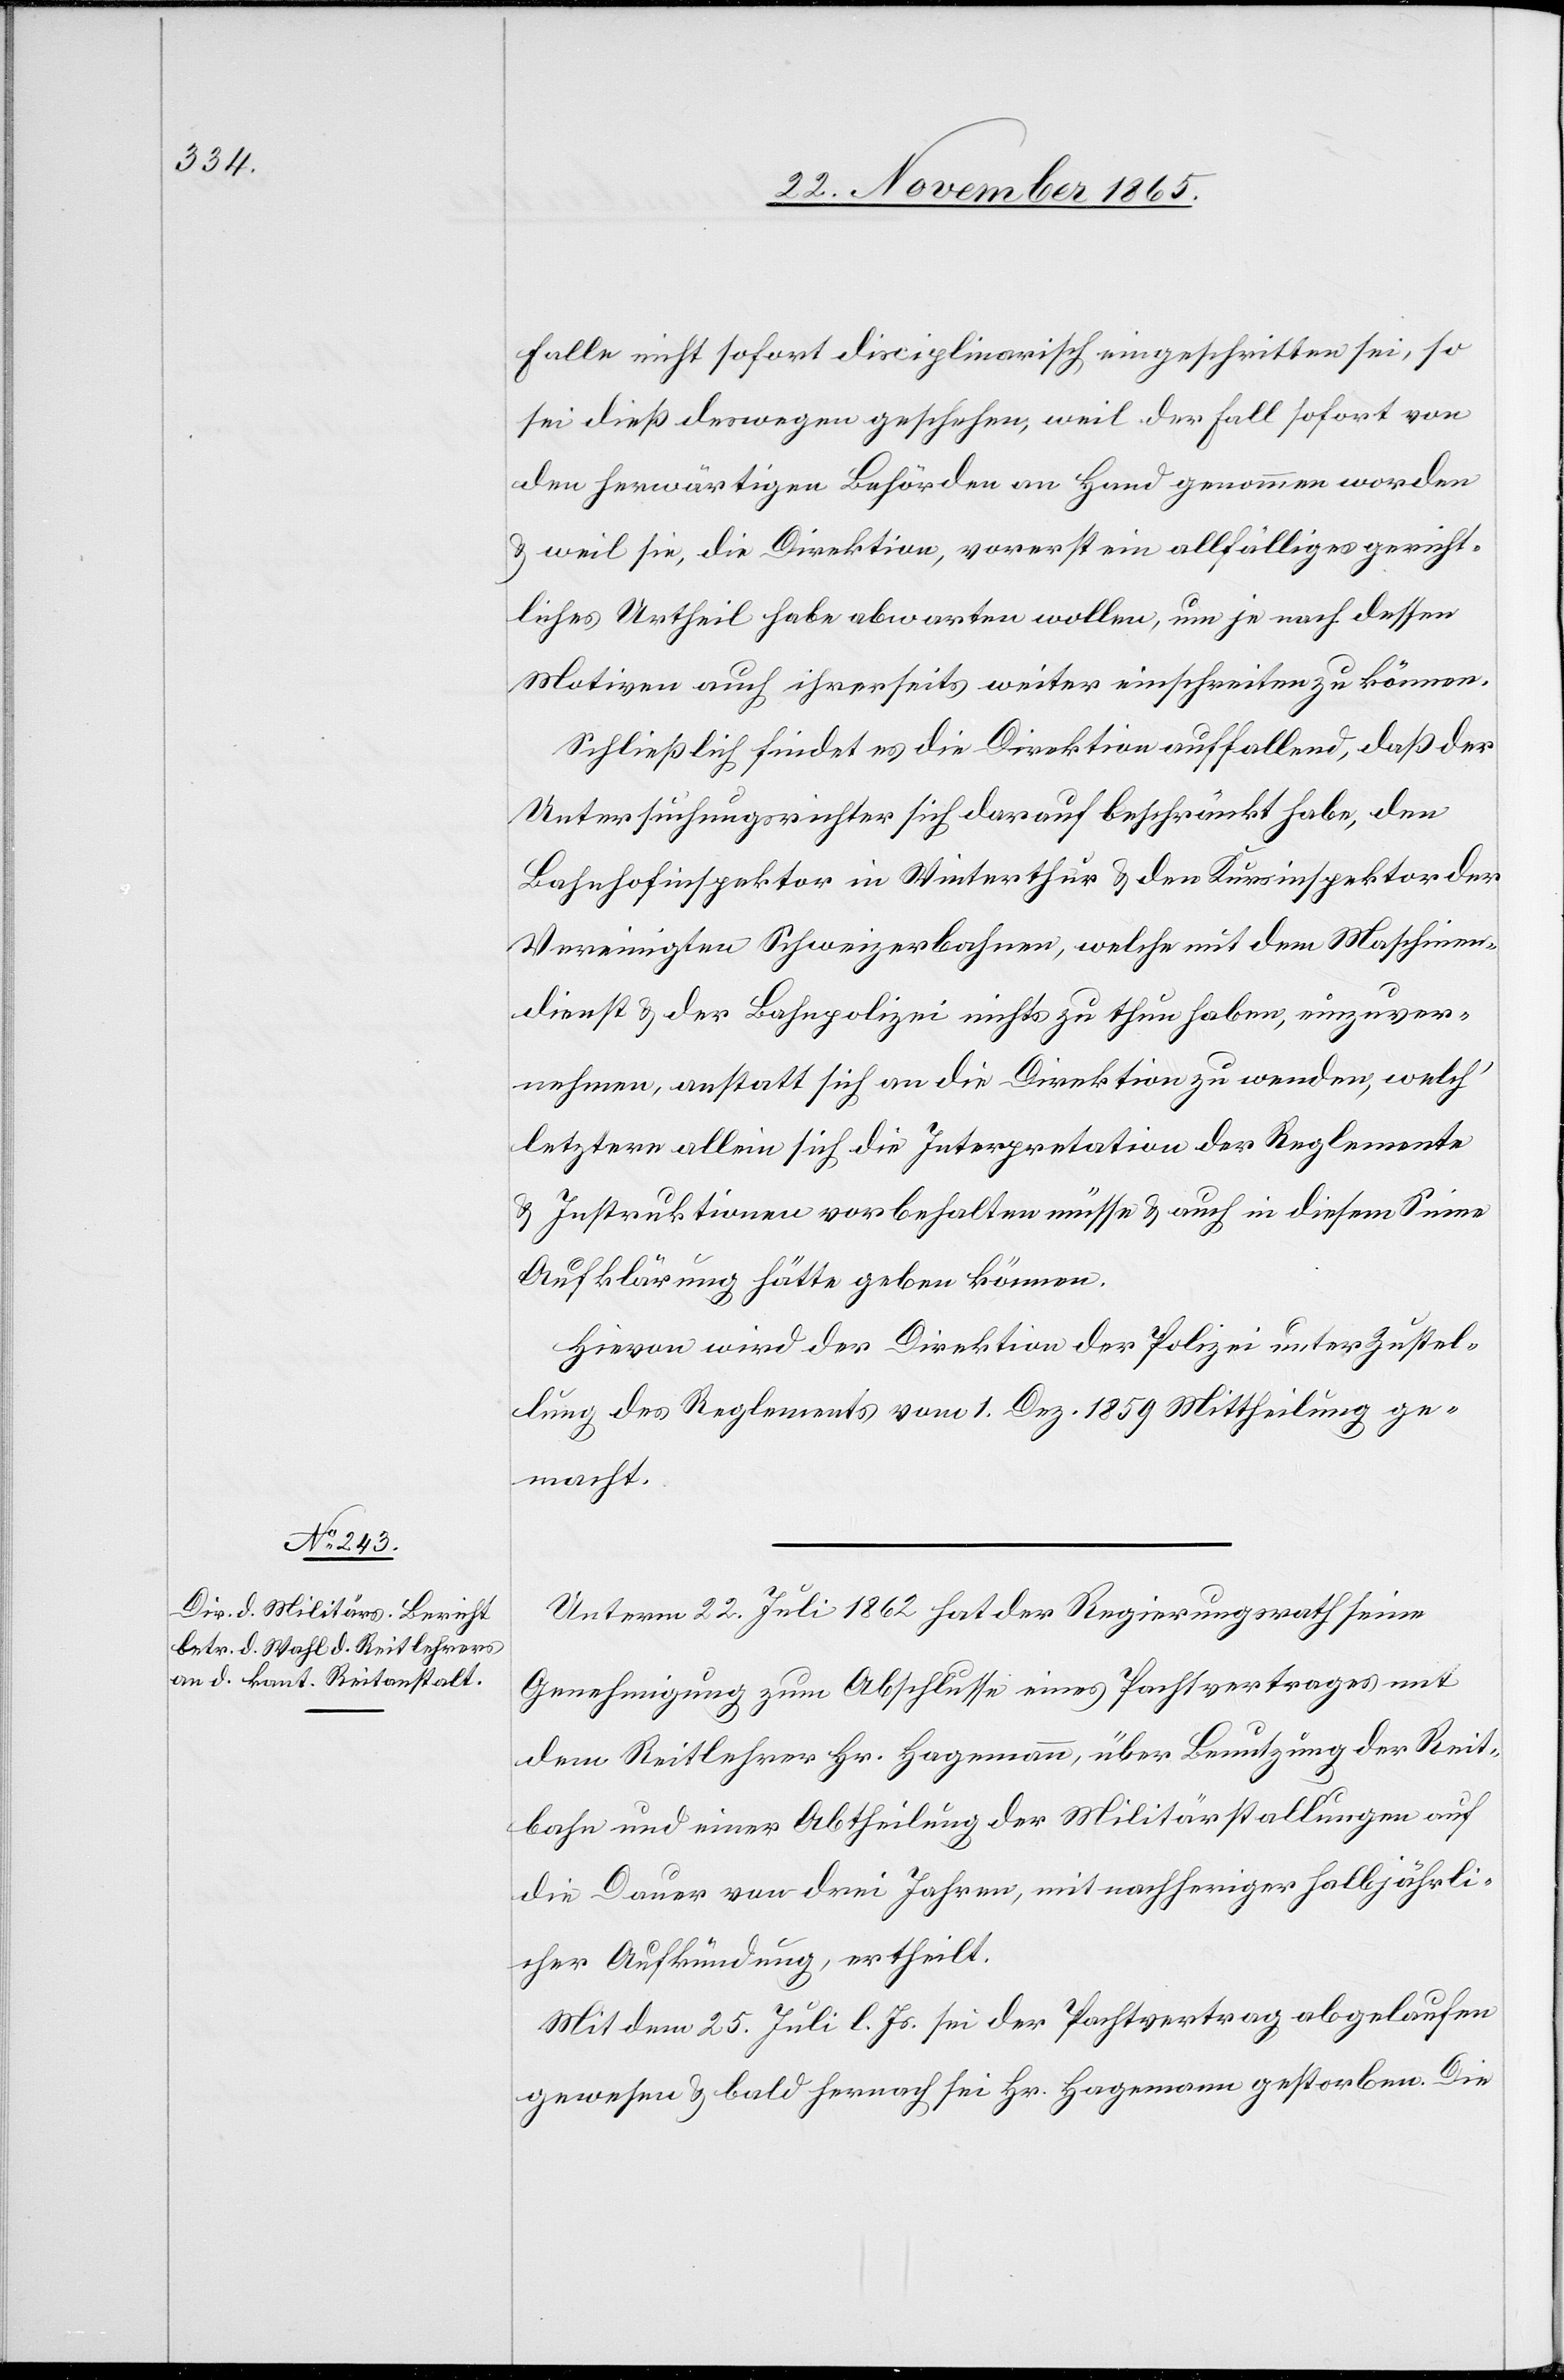
Falle nicht sofort disciplinarisch eingeschritten sei, so
sei dieß deswegen geschehen, weil der Fall sofort von
den herwärtigen Behörden an Hand genommen worden
& weil sie, die Direktion, vorerst ein allfälliges gericht¬
liches Urtheil habe abwarten wollen, um je nach dessen
Motiven auch ihrerseits weiter einschreiten zu können.
Schließlich findet es die Direktion auffallend, daß der
Untersuchungsrichter sich darauf beschränkt habe, den
Bahnhofinspektor in Winterthur & den Kreisinspektor der
Vereinigten Schweizerbahnen, welche mit dem Maschinen¬
dienste & der Bahnpolizei nichts zu thun haben, einzuver¬
nehmen, anstatt sich an die Direktion zu wenden, welch’
letztere allein sich die Interpretation der Reglemente
& Instruktionen vorbehalten müsse & auch in diesem Sinne
Aufklärung hätte geben können.
Hievon wird der Direktion der Polizei unter Zustel¬
lung des Reglements vom 1. Dez. 1859 Mittheilung ge¬
macht.
Unterm 22. Juli 1862 hat der Regierungsrath seine
Genehmigung zum Abschlusse eines Pachtvertrages mit
dem Reitlehrer Hr. Hagemann, über Benutzung der Reit¬
bahn und einer Abtheilung der Militärstallungen auf
die Dauer von drei Jahren, mit nachheriger halbjährli¬
cher Aufkündung, ertheilt.
Mit dem 25. Juli l. Js. sei der Pachtvertrag abgelaufen
gewesen & bald hernach sei Hr. Hagemann gestorben. Die